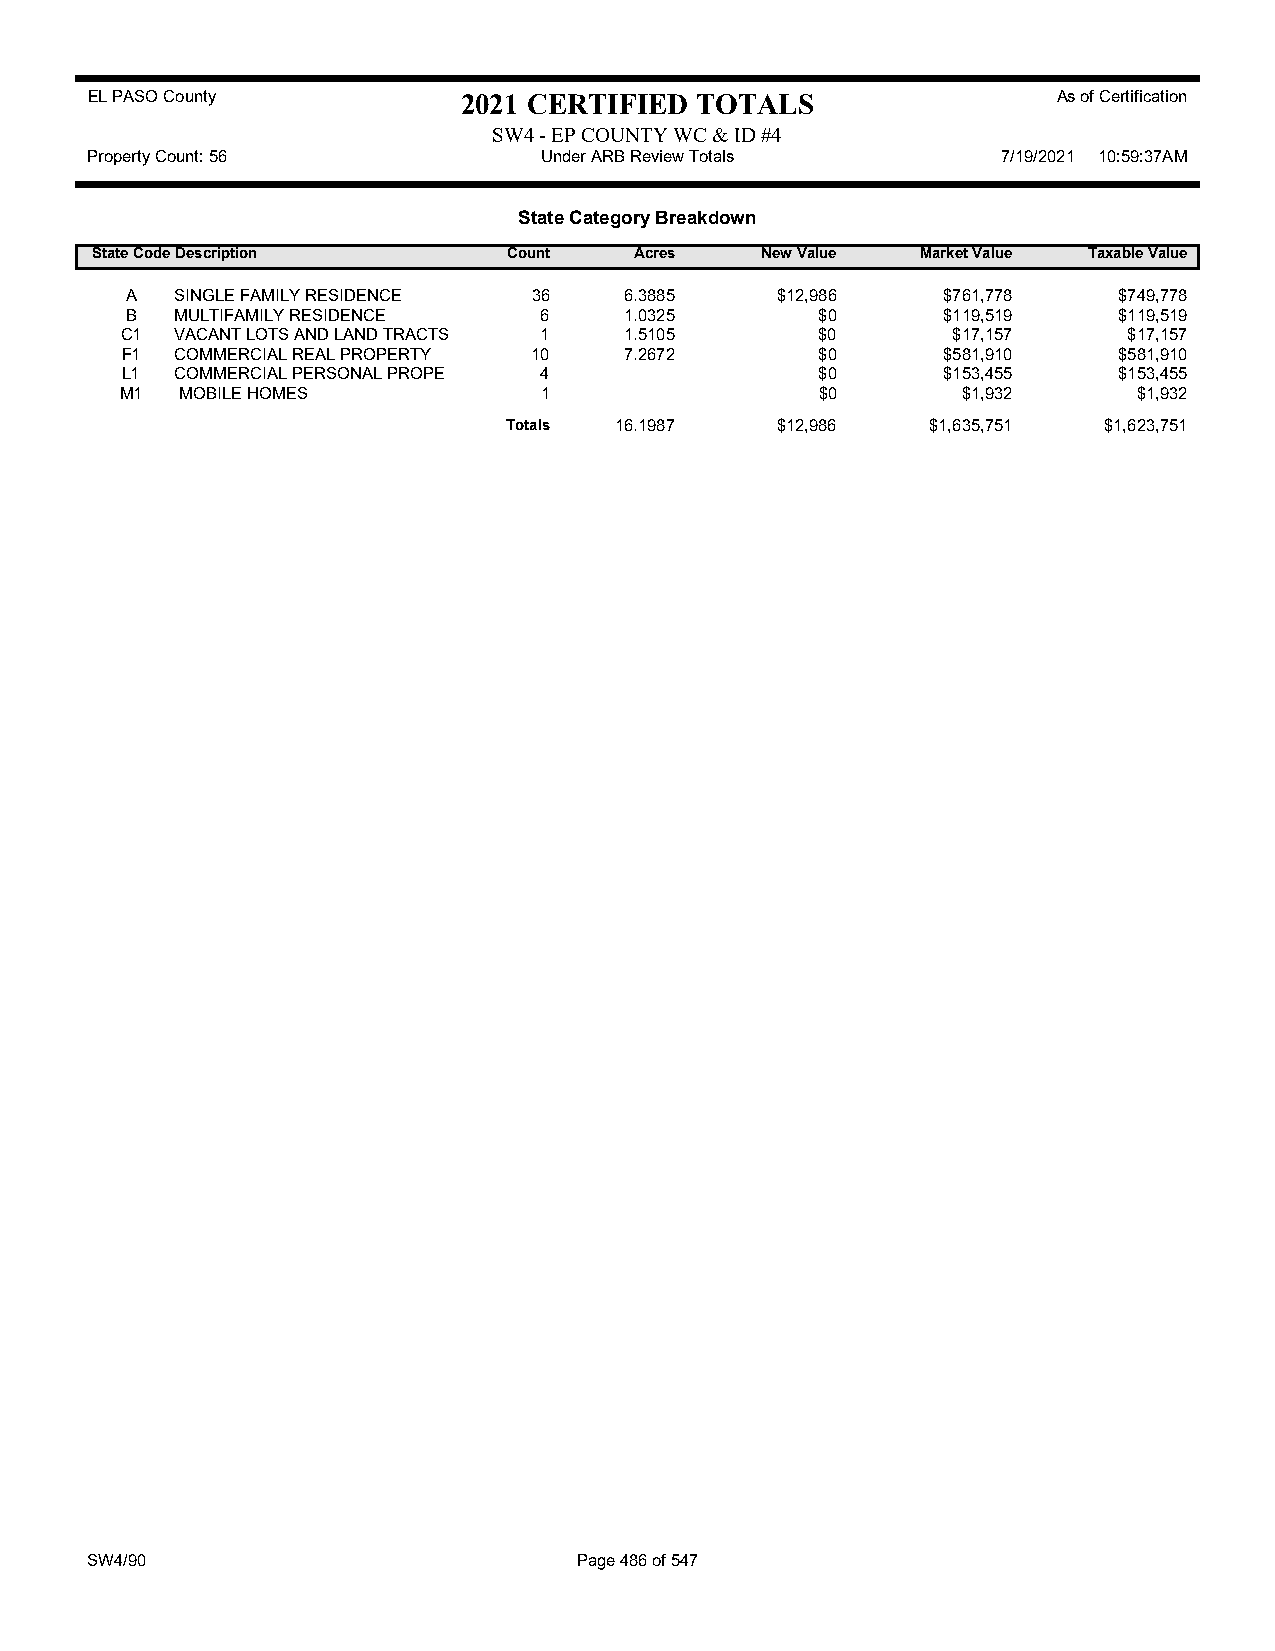
EL PASO County           2021 CERTIFIED TOTALS                  As of Certification
 SW4 - EP COUNTY WC & ID #4
 Property Count: 56            Under ARB Review Totals       7/19/2021 10:59:37AM
 State Category Breakdown
 State CodeDescription       Count   Acres   New Value  Market Value Taxable Value
 A   SINGLE FAMILY RESIDENCE 36   6.3885    $12,986    $761,778    $749,778
 B   MULTIFAMILY RESIDENCE   6    1.0325       $0      $119,519    $119,519
 C1  VACANT LOTS AND LAND TRACTS 1 1.5105      $0       $17,157     $17,157
 F1  COMMERCIAL REAL PROPERTY 10  7.2672       $0      $581,910    $581,910
 L1  COMMERCIAL PERSONAL PROPE 4               $0      $153,455    $153,455
 M1  MOBILE HOMES            1                 $0        $1,932     $1,932
 Totals 16.1987   $12,986    $1,635,751 $1,623,751
 SW4/90                          Page 486 of 547